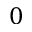
0